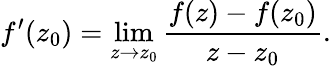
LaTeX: f^{\prime}(z_{0})=\operatorname*{lim}_{z\to z_{0}}{\frac{f(z)-f(z_{0})}{z-z_{0}}}.